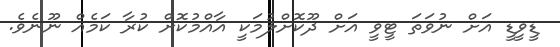
ޑީވީޑީ އަށް ނުވަތަ ޓީވީ އަށް ދޫކޮށްލުމަކީ އާއްމުކޮށް ކުރާ ކަމެއް ނޫނެވެ.